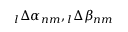
\phantom { } _ { l } \Delta \alpha _ { n m } , \phantom { } _ { l } \Delta \beta _ { n m }